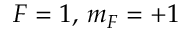
F = 1 , \, m _ { F } = + 1